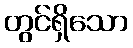
တွင်ရှိသော